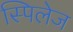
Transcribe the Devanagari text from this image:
स्पिलेज